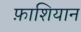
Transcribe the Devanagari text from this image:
फ़ाशियान